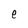
Character: e